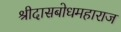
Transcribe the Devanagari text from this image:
श्रीदासबोधमहाराज